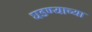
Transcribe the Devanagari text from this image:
घडण्याच्या